Lunatic asylums Central Provinces reports 1910-1926 - 1910-1926
Year: 1910
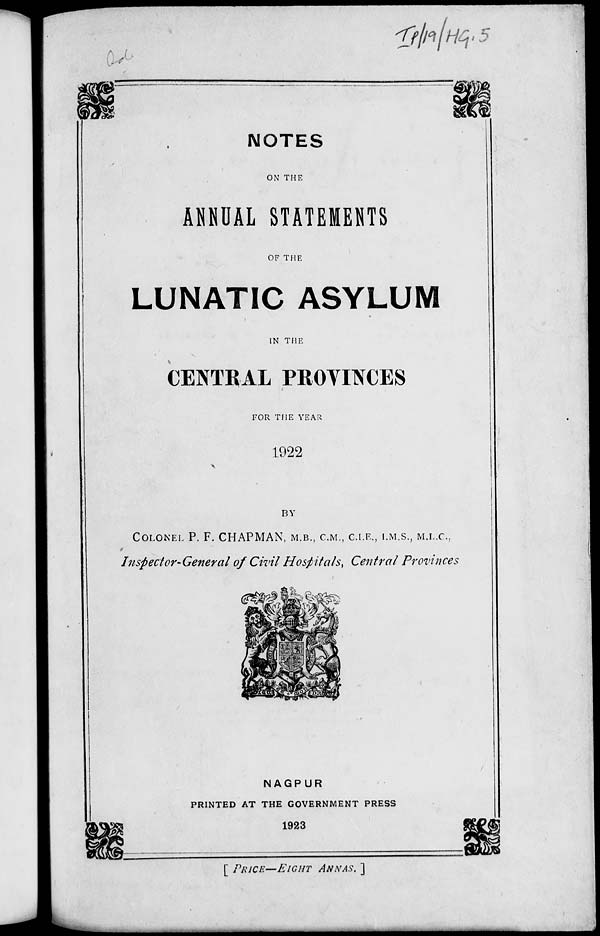
NOTES
ON THE
ANNUAL STATEMENTS
OF THE
LUNATIC ASYLUM
IN THE
CENTRAL PROVINCES
FOR THE YEAR
1922
BY
COLONEL P. F. CHAPMAN, M.B., C.M., C.I.E., I.M.S., M.L.C.,
Inspector-General of Civil Hospitals, Central Provinces
NAGPUR
PRINTED AT THE GOVERNMENT PRESS
1923
[ PRICE—EIGHT ANNAS. ]